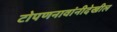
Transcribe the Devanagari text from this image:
टोपणनावांनीदेखील